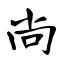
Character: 尚